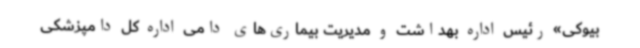
بیوکی» رئیس اداره بهداشت و مدیریت بیماری‌های دامی اداره کل دامپزشکی